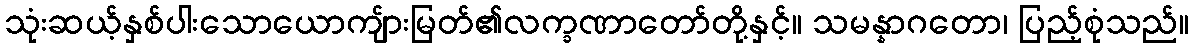
သုံးဆယ့်နှစ်ပါးသောယောကျ်ားမြတ်၏လက္ခဏာတော်တို့နှင့်။ သမန္နာဂတော၊ ပြည့်စုံသည်။